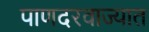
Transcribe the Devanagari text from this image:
पाणदरवाज्यात